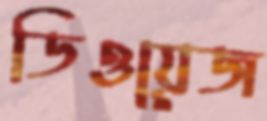
ডিওয়েজ